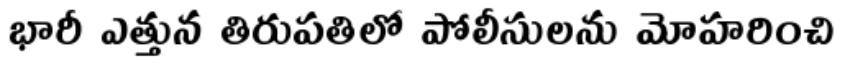
భారీ ఎత్తున తిరుపతిలో పోలీసులను మోహరించి